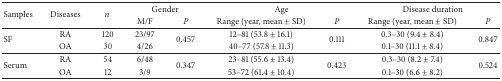
<table><thead><tr><td rowspan="2"><b>Samples</b></td><td rowspan="2"><b>Diseases</b></td><td rowspan="2"><b><i>n </i></b></td><td colspan="2"><b>Gender</b></td><td colspan="2"><b>Age</b></td><td colspan="2"><b>Disease duration</b></td></tr><tr><td><b>M/F</b></td><td><b><i>P </i></b></td><td><b>Range (year, mean ± SD)</b></td><td><b><i>P </i></b></td><td><b>Range (year, mean ± SD)</b></td><td><b><i>P </i></b></td></tr></thead><tbody><tr><td rowspan="2">SF</td><td>RA</td><td>120</td><td>23/97</td><td rowspan="2">0.457</td><td>12–81 (53.8 ± 16.1)</td><td rowspan="2">0.111</td><td>0.3–30 (9.4 ± 8.4)</td><td rowspan="2">0.847</td></tr><tr><td>OA</td><td>30</td><td>4/26</td><td>40–77 (57.8 ± 11.3)</td><td>0.1–30 (11.1 ± 8.4)</td></tr><tr><td rowspan="2">Serum</td><td>RA</td><td>54</td><td>6/48</td><td rowspan="2">0.347</td><td>23–81 (55.6 ± 13.4)</td><td rowspan="2">0.423</td><td>0.3–30 (8.2 ± 7.4)</td><td rowspan="2">0.524</td></tr><tr><td>OA</td><td>12</td><td>3/9</td><td>53–72 (61.4 ± 10.4)</td><td>0.1–30 (6.6 ± 8.2)</td></tr></tbody></table>